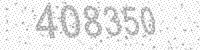
Solution: 408350